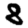
Digit: 8